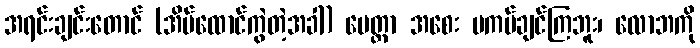
အရင်းချင်းတောင် (အိမ်ထောင်ကွဲတဲ့အခါ) မေတ္တာ အစေး မကပ်ချင်ကြဘူး၊ လောဘကို